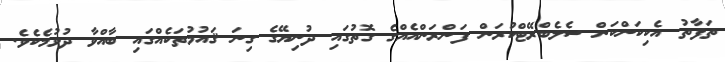
ތަފާތު އެކިކަންކަން ސެލެބްރޭޓްކުރަން ފަންރަންއެއްގެ ގޮތުގައި ދުނިޔޭގެ ގިނަ ޤައުމުތަކެއްގައި ބާއްވާ ދުވުމެކެވެ.